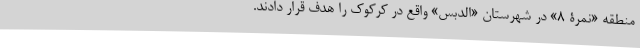
منطقه «نمرة ۸» در شهرستان «الدبس» واقع در کرکوک را هدف قرار دادند.